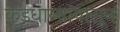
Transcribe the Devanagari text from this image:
कडधान्यांपासून